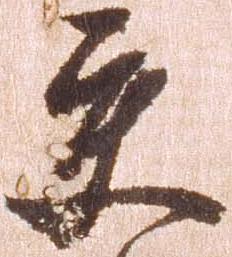
交